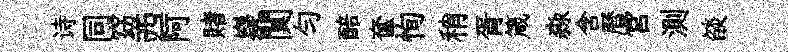
诗同窈西阿賭嶷闃勻醅奩恂稍胥箴淼含曆宫測燄